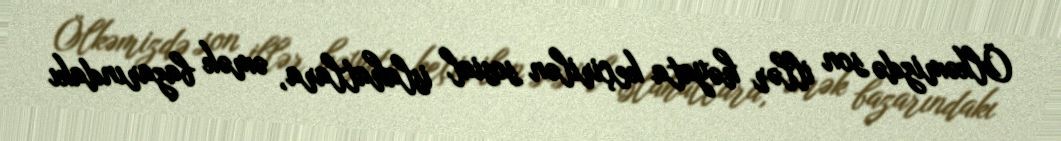
Ölkəmizdə son illər həyata keçirilən sosial islahatlara, əmək bazarındakı